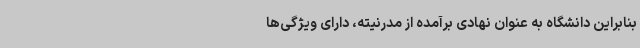
بنابراین دانشگاه به عنوان نهادی برآمده از مدرنیته، دارای ویژگی‌ها